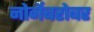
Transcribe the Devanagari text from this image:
नोर्गेबरोबर